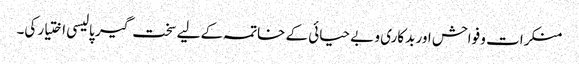
منکرات و فواحش اور بدکاری و بے حیائی کے خاتمہ کے لیے سخت گیر پالیسی اختیار کی۔